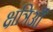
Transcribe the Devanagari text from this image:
क्षत्रिऑँ